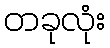
တခုလုံး